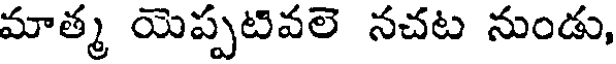
మాత్మ యెప్పటివలె నచట నుండు,